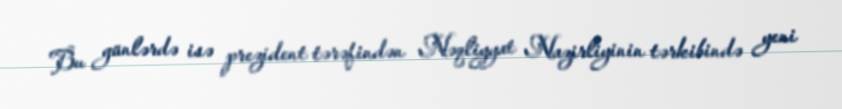
Bu günlərdə isə prezident tərəfindən Nəqliyyat Nazirliyinin tərkibində yeni